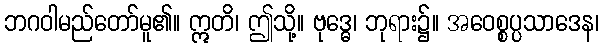
ဘဂဝါမည်တော်မူ၏။ ဣတိ၊ ဤသို့။ ဗုဒ္ဓေ၊ ဘုရား၌။ အဝေစ္စပ္ပသာဒေန၊